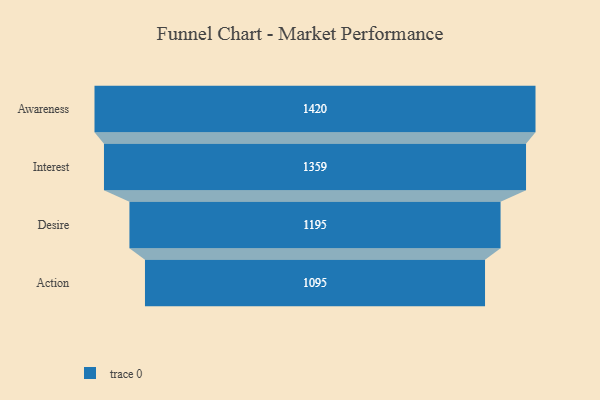
{"axis": {"x": "Stage", "y": "Value"}, "legend": [""], "data": [{"x": "Awareness", "y": 1420.0, "type": ""}, {"x": "Interest", "y": 1359.0, "type": ""}, {"x": "Desire", "y": 1195.0, "type": ""}, {"x": "Action", "y": 1095.0, "type": ""}]}